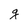
Character: g